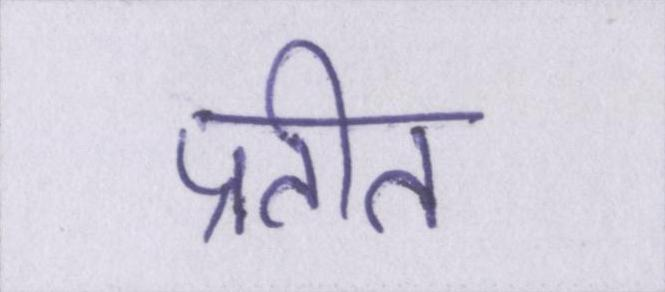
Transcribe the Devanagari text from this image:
प्रतीत